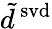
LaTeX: \tilde{d}^{\mathrm{\, svd}}